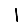
Digit: 1